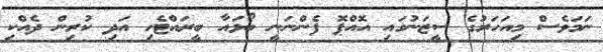
ނަމަވެސް މިއަހަރުގެ ސީޒަނުގައި އޮއްޕޮ ފެންނަނީ ބޯޅައާ ބީރައްޓެހި އަދި ކުރިން ދެއްކި